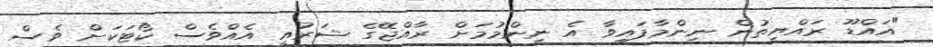
"އައްޑޫ ރައްޔިތުން ނިންމާފައިވާ އެ ނިންމުމަށް ރާއްޖޭގެ ޝަރުއީ އެއްވެސް ކޯޓަކަށް ވެސް